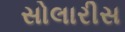
સોલારીસ